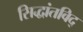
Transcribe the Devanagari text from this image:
सिद्धांतविद्